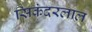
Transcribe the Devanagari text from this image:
सिकंदरलाल